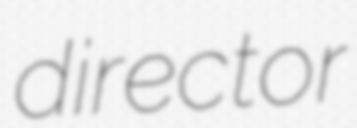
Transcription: director